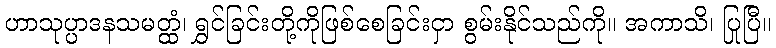
ဟာသုပ္ပာဒနသမတ္ထံ၊ ရွှင်ခြင်းတို့ကိုဖြစ်စေခြင်းငှာ စွမ်းနိုင်သည်ကို။ အကာသိ၊ ပြုပြီ။